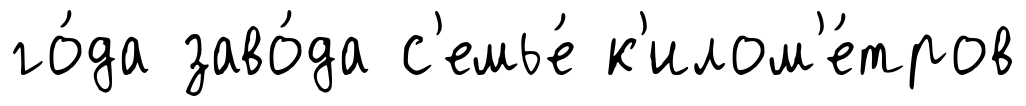
го́да заво́да с'емье́ к'илом'е́тров